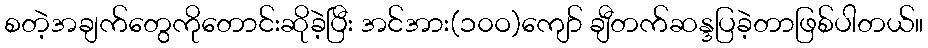
စတဲ့အချက်တွေကိုတောင်းဆိုခဲ့ပြီး အင်အား(၁၀ဝ)ကျော် ချီတက်ဆန္ဒပြခဲ့တာဖြစ်ပါတယ်။